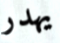
يهدر